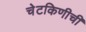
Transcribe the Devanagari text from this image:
चेटकिणीची